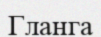
Гланга